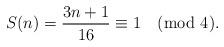
LaTeX: \begin{align*}S(n) = \frac{3n+1}{16} \equiv 1 \pmod{4}.\end{align*}